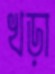
খড়া